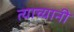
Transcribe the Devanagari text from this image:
त्याच्यानी